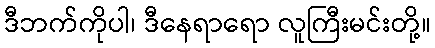
ဒီဘက်ကိုပါ၊ ဒီနေရာရော လူကြီးမင်းတို့။